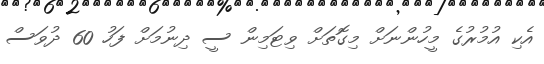
އެކި އުމުރުގެ މީހުންނަށް މިގޮތަށް ވިޓަމިން ސީ ދިނުމަށް ފަހު 60 ދުވަސް